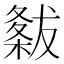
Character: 𭫭